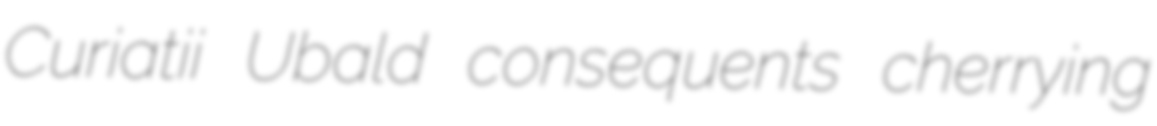
Curiatii Ubald consequents cherrying